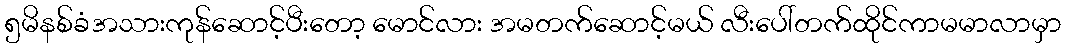
၅မိနစ်ခံအသားကုန်ဆောင့်ပီးတော့ မောင်လား အမတက်ဆောင့်မယ် လီးပေါ်တက်ထိုင်ကာမမာလာမှာ